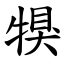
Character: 犑